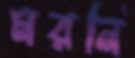
মরনি